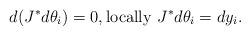
LaTeX: \begin{align*}d(J^*d\theta_i)=0,\mbox{locally } J^*d\theta_i=dy_i.\end{align*}